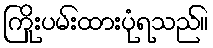
ကြိုးပမ်းထားပုံရသည်။